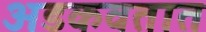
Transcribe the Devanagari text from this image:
अडकवतात